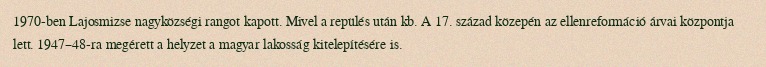
1970-ben Lajosmizse nagyközségi rangot kapott. Mivel a repülés után kb. A 17. század közepén az ellenreformáció árvai központja lett. 1947–48-ra megérett a helyzet a magyar lakosság kitelepítésére is.